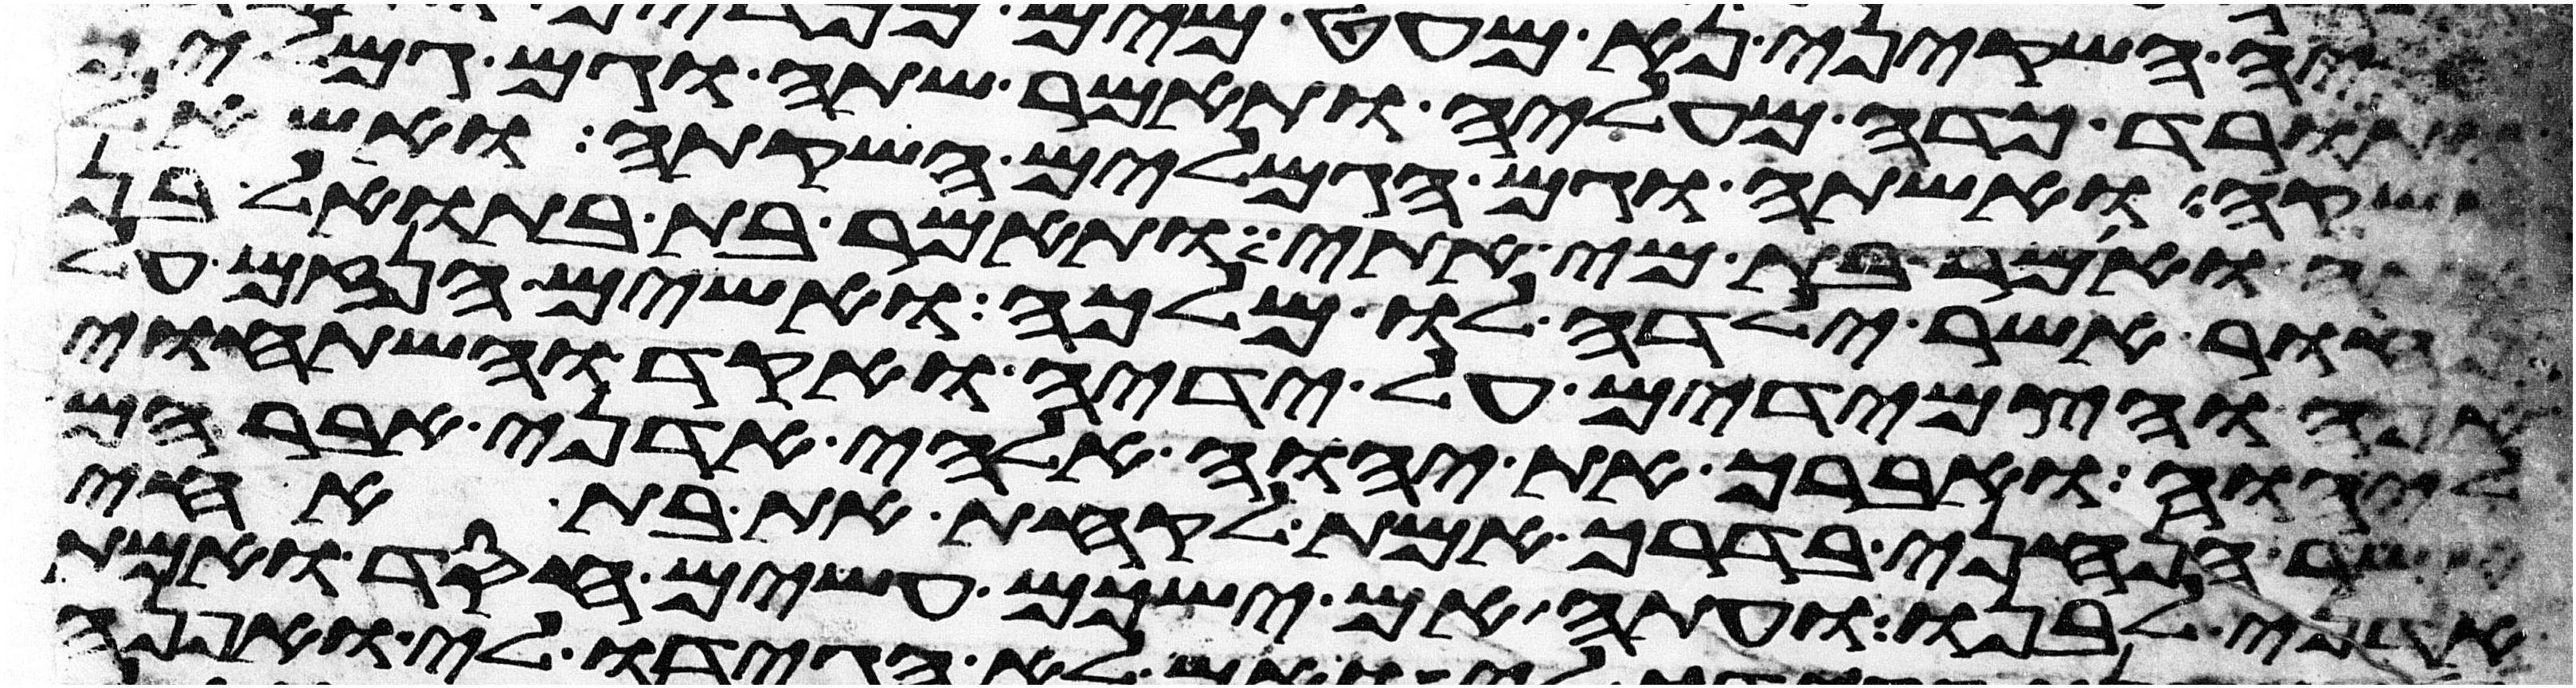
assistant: ותורד כדה מעליה ותאמר שתה וגם גמליך
אשקה ואשתה וגם הגמלים השקתה ואשאל
אתה ואמר בת מי אתי ותאמר בת בתואל בן
נחור אשר ילדה לו מלכה ואשים הנזם על
אפה והצמידים על ידיה ואקד ואשתחוי
ליהוה ואברך את יהוה אלהי אדני אברהם
אשר הנחני בדרך אמת לקחת את בת אחי
אדני לבנו ועתה אם ישכם עשים חסד ואמת